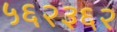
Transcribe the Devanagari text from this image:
५६२३६२